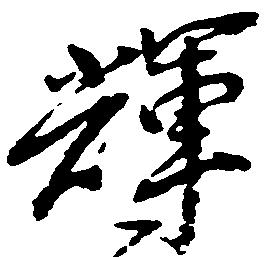
輝